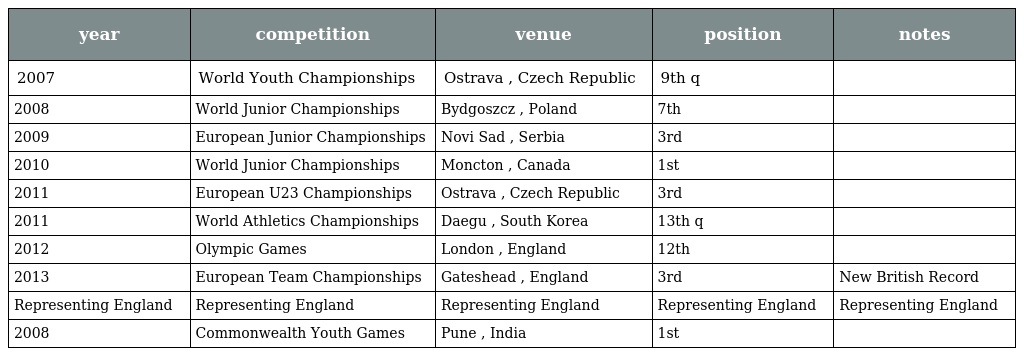
| year | competition | venue | position | notes |
 | --- | --- | --- | --- | --- |
 | 2007 | World Youth Championships | Ostrava , Czech Republic | 9th q |  |
 | 2008 | World Junior Championships | Bydgoszcz , Poland | 7th |  |
 | 2009 | European Junior Championships | Novi Sad , Serbia | 3rd |  |
 | 2010 | World Junior Championships | Moncton , Canada | 1st |  |
 | 2011 | European U23 Championships | Ostrava , Czech Republic | 3rd |  |
 | 2011 | World Athletics Championships | Daegu , South Korea | 13th q |  |
 | 2012 | Olympic Games | London , England | 12th |  |
 | 2013 | European Team Championships | Gateshead , England | 3rd | New British Record |
 | Representing England | Representing England | Representing England | Representing England | Representing England |
 | 2008 | Commonwealth Youth Games | Pune , India | 1st |  |